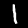
Digit: 1